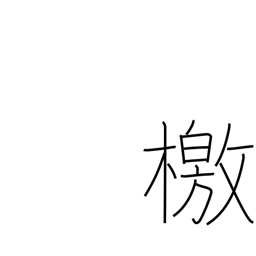
Meaning: manifesto